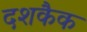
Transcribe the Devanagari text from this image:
दशकैक